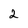
Character: 2